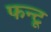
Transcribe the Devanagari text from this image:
फन्टू